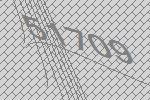
51709